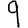
Digit: 9